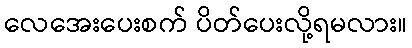
လေအေးပေးစက် ပိတ်ပေးလို့ရမလား။